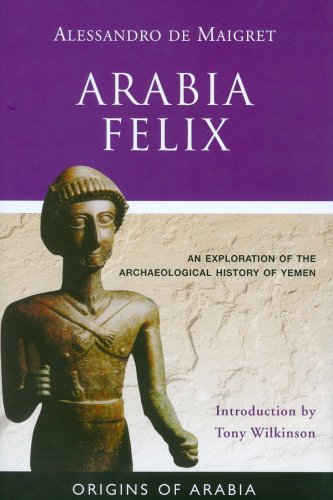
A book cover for Arabia Felix: An Exploration of the Archaeological History of Yemen (Origins of Arabia); Alessandro de Maigret; History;